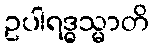
ဥပါရဒ္ဓသ္မာတိ